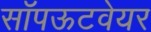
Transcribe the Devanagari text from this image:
सॉपऊटवेयर